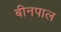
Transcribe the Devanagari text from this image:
बीनपाल